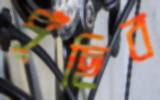
পুঁছিব